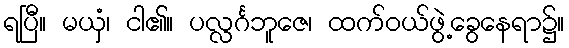
ရပြီ။ မယှံ၊ ငါ၏။ ပလ္လင်္ဂဘူဇေ၊ ထက်ဝယ်ဖွဲ့ခွေနေရာ၌။